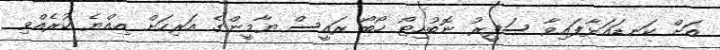
އަށް ކަނޑައަޅާފައިވާ ސަފީރު ނޮބުހިޓޯ ހޯބޯ ރައީސް ޔާމީންގެ އަރިހަށް އިއްޔެ ކުރެއްވި